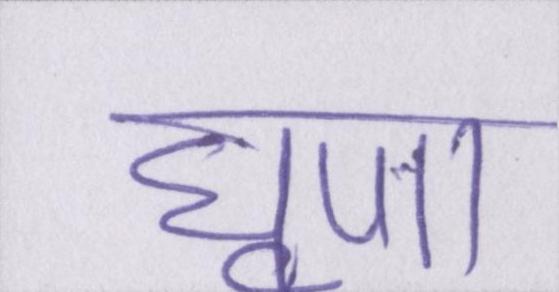
घृणा